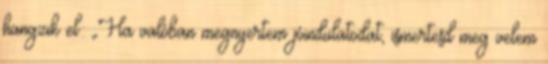
hangzik el: „Ha valóban megnyertem jóindulatodat, ismertesd meg velem